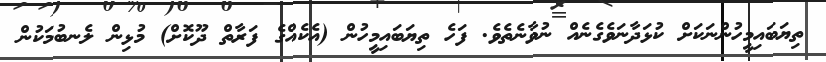
ތިޔަބައިމީހުންނަކަަށް ކުޅަދާނަވެގެނެއް ނުވާނެތެވެ. ފަހެ ތިޔަބައިމީހުން (އެކެއްގެ ފަރާތް ދޫކޮށް) މުޅިން ލެނބުމަކުން